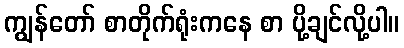
ကျွန်တော် စာတိုက်ရုံးကနေ စာ ပို့ချင်လို့ပါ။